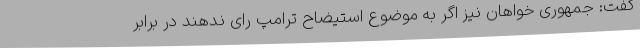
گفت: جمهوری خواهان نیز اگر به موضوع استیضاح ترامپ رای ندهند در برابر